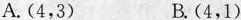
A.(4，3) B.(4，1)